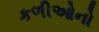
કળીઓનો